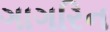
ગાગરિન